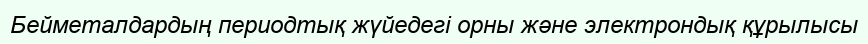
Бейметалдардың периодтық жүйедегі орны және электрондық құрылысы